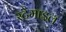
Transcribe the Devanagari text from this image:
स्टेमाइल